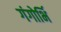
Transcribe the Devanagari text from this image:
गंगोर्भि